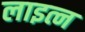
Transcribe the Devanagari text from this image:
लाइत्न